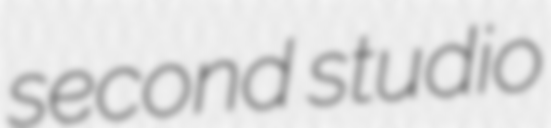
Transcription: second studio